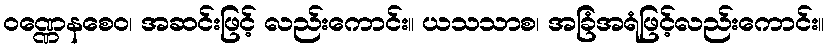
ဝဏ္ဏေနစေဝ၊ အဆင်းဖြင့် လည်းကောင်း။ ယသသာစ၊ အခြံအရံဖြင့်လည်းကောင်း။